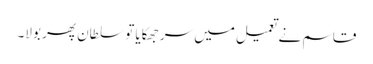
قاسم نے تعمیل میں سر جھکایا تو سلطان پھر بولا۔